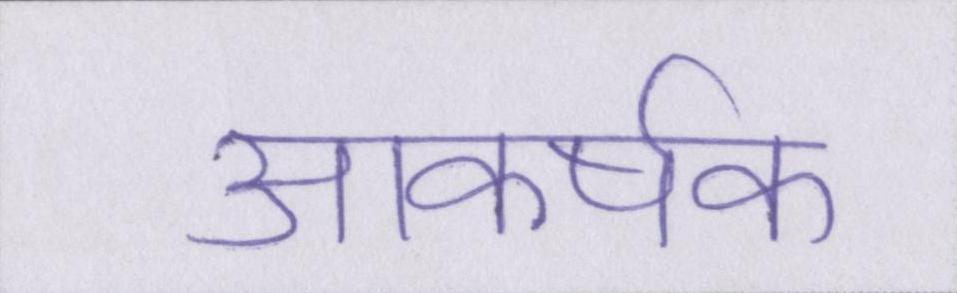
आकर्षक